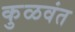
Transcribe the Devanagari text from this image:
कुळवंत